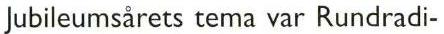
Jubileumsårets tema var Rundradi-